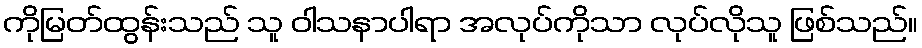
ကိုမြတ်ထွန်းသည် သူ ဝါသနာပါရာ အလုပ်ကိုသာ လုပ်လိုသူ ဖြစ်သည်။